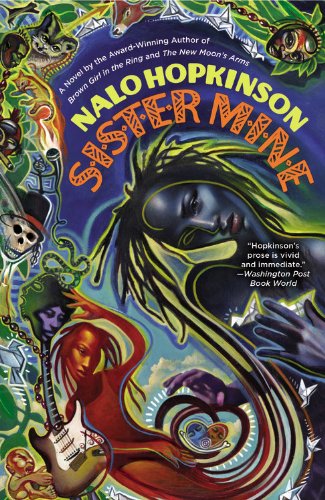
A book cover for Sister Mine; Nalo Hopkinson; Literature & Fiction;